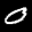
Label: 0